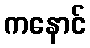
ကနောင်